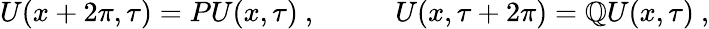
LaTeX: U(x+2\pi,\tau)=PU(x,\tau)~,~~~~~~~~~~~U(x,\tau+2\pi)=\mathbb{Q}U(x,\tau)~,